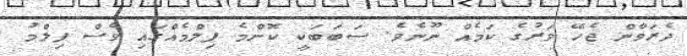
ދެރަވާން ޖެހޭ ވަރުގެ ކަމެއް ނޫނެވެ. ސަބަބަކީ ކޮންމެ ފިލްމެއްގައި ވެސް ފިލްމު